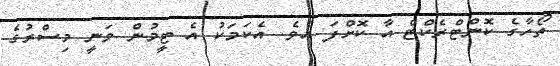
ތޯހާގެ ކޮންޓްރެކްޓް އާ ކޮށްފަ އެެވެ. އެކަމަކު އެ ޓީމުން ވަނީ މިސްރުގެ